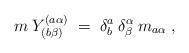
LaTeX: \begin{align*}m\: Y^{(a \alpha)}_{(b \beta)} \;=\; \delta^a_b\:\delta^\alpha_\beta \: m_{a \alpha} \;,\end{align*}